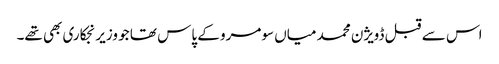
اس سے قبل ڈویژن محمد میاں سومرو کے پاس تھا جو وزیر نجکاری بھی تھے۔